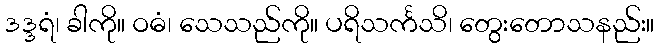
ဒဒ္ဒရံ၊ ခါကို။ ဝဓံ၊ သေသည်ကို။ ပရိသင်္ကသိ၊ တွေးတောသနည်း။